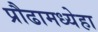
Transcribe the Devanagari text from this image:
प्रौढामध्येहा